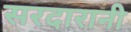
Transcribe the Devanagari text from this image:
सरदारानी